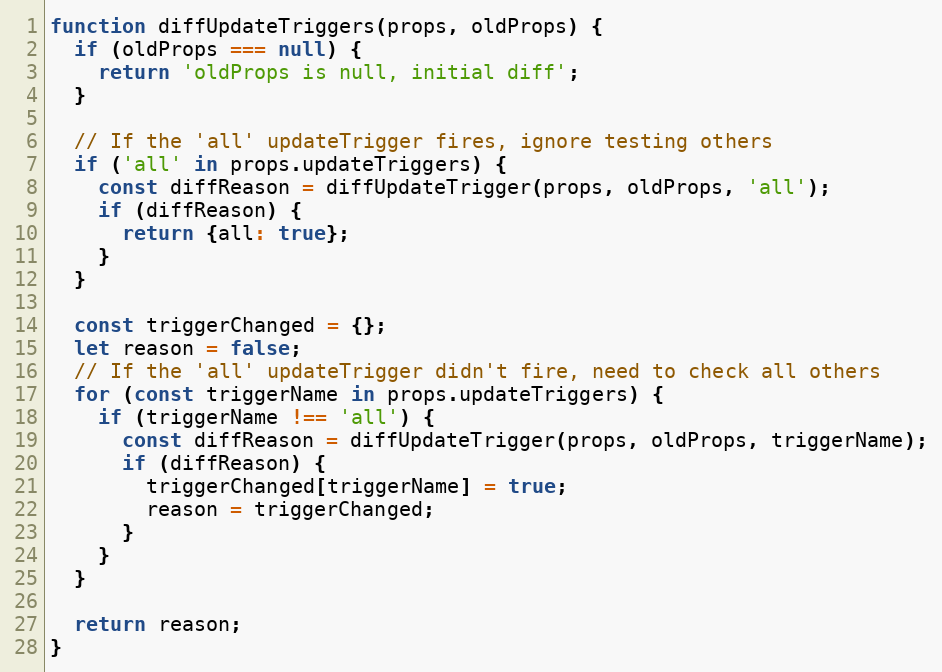
Language: JavaScript
function diffUpdateTriggers(props, oldProps) {
  if (oldProps === null) {
    return 'oldProps is null, initial diff';
  }

  // If the 'all' updateTrigger fires, ignore testing others
  if ('all' in props.updateTriggers) {
    const diffReason = diffUpdateTrigger(props, oldProps, 'all');
    if (diffReason) {
      return {all: true};
    }
  }

  const triggerChanged = {};
  let reason = false;
  // If the 'all' updateTrigger didn't fire, need to check all others
  for (const triggerName in props.updateTriggers) {
    if (triggerName !== 'all') {
      const diffReason = diffUpdateTrigger(props, oldProps, triggerName);
      if (diffReason) {
        triggerChanged[triggerName] = true;
        reason = triggerChanged;
      }
    }
  }

  return reason;
}